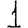
Digit: 1